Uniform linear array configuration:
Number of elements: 32
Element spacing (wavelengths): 0.5
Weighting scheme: hann
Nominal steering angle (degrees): -30
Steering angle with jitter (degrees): -28.697
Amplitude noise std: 0.05
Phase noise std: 0.05

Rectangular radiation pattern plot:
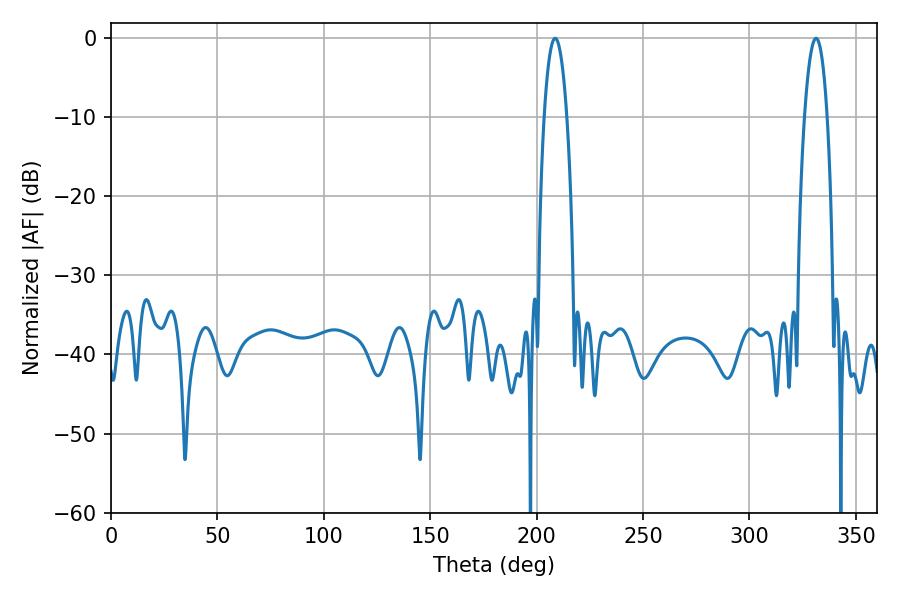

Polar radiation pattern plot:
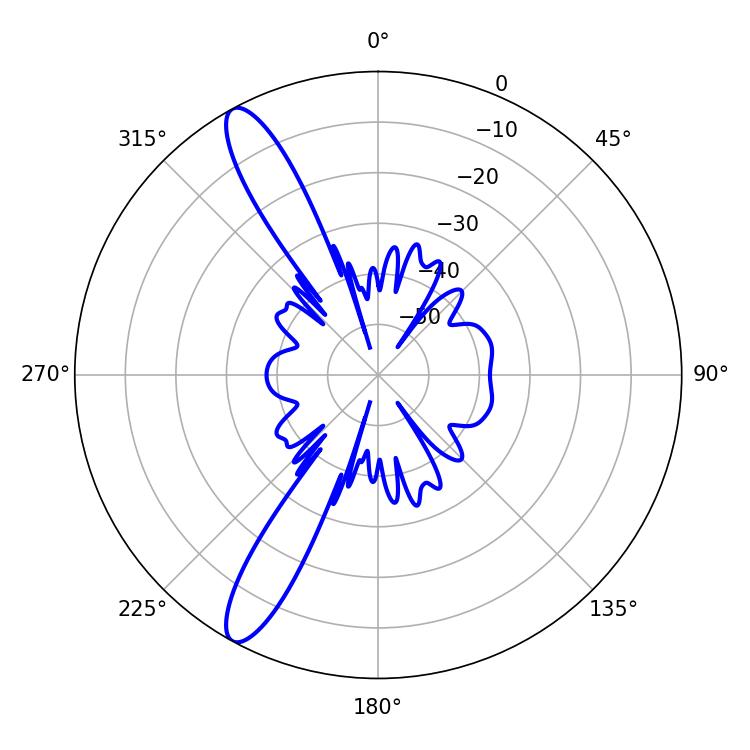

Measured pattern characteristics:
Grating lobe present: FALSE
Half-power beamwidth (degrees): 5.94
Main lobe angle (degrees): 208.62